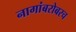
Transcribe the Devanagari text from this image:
नागांबरोबरच